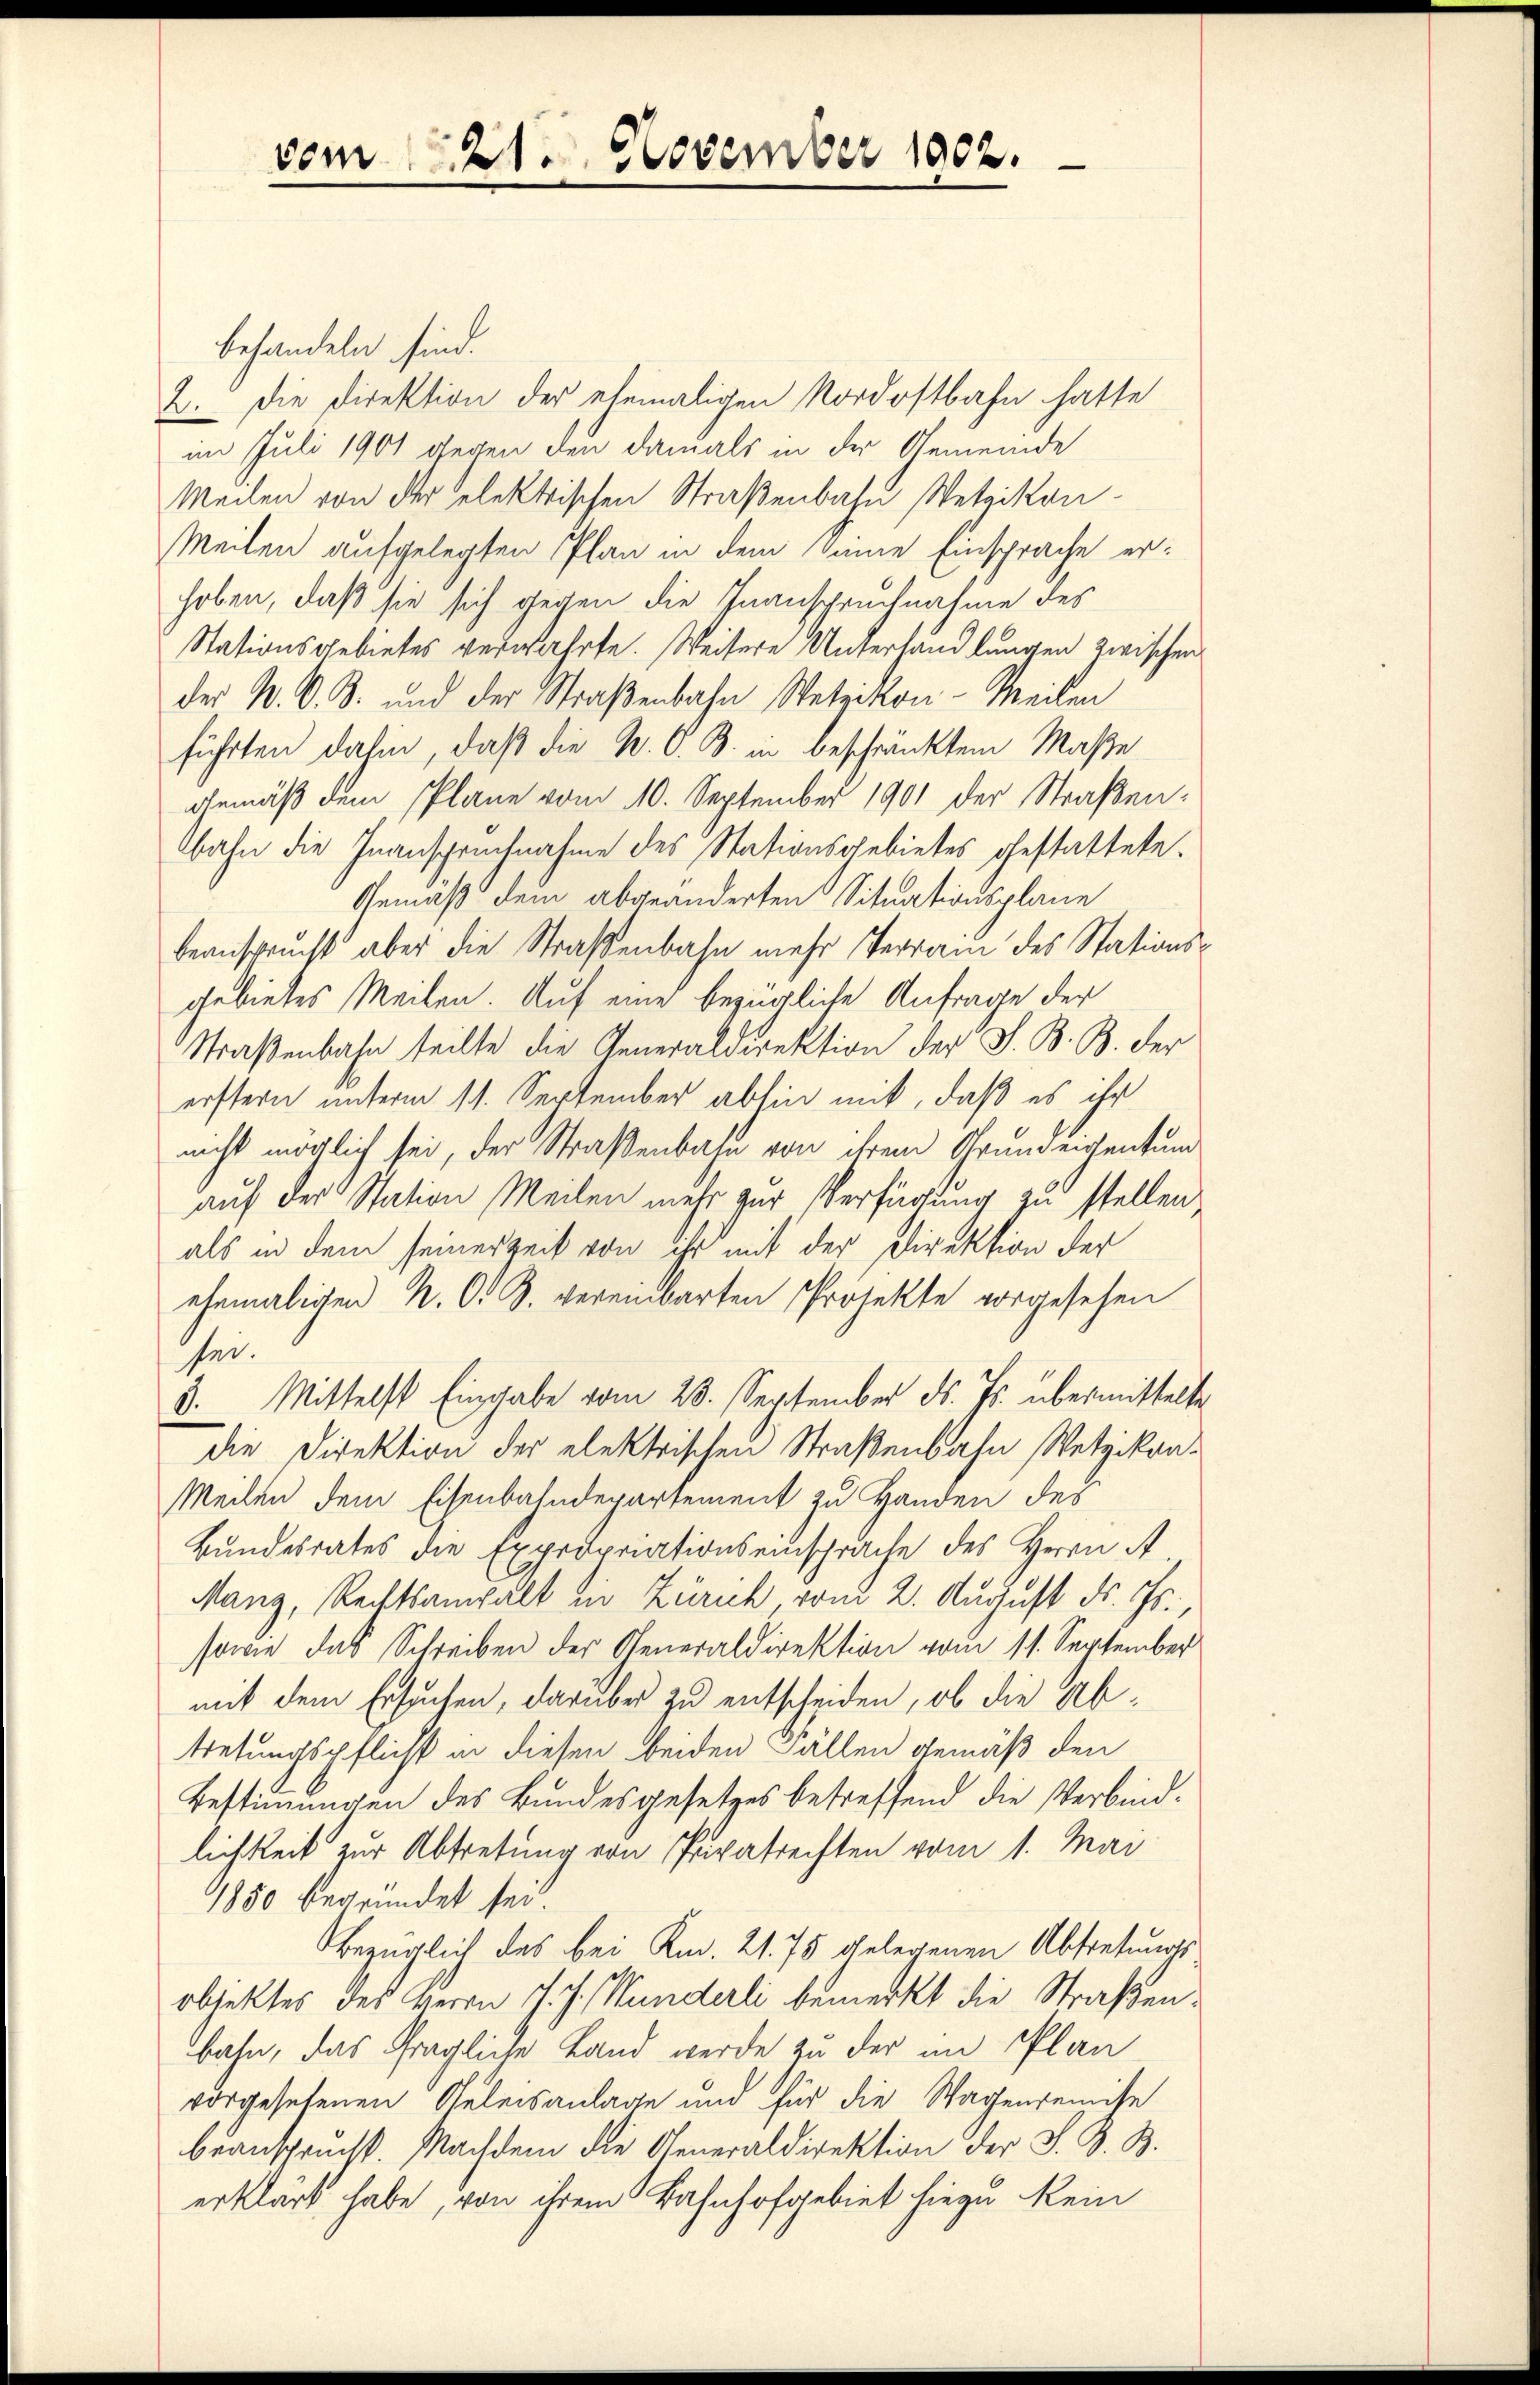
vom 21. November 1902.

behandeln sind.
2. Die Direktion der ehemaligen Nordostbahn hatte
im Juli 1901 gegen den damals in der Gemeinde
Meilen von der elektrischen Straßenbahn Wetzikon-
Meilen aufgelegten Plan in dem Sinne Einsprache erhoben, daß sie sich gegen die Inanspruchnahme des
Stationsgebietes verwahrte. Weitere Unterhandlungen zwischen
der N. O. B. und der Straßenbahn Wetzikon-Meilen
führten dahin, daß die N. O. B. in beschränktem Maße
gemäß dem Plane vom 10. September 1901 der Straßenbahn die Inanspruchnahme des Stationsgebietes gestattete.
Gemäß dem abgeänderten Situationsplane
beansprucht aber die Straßenbahn mehr Terrain des Stationsgebietes Meilen. Auf eine bezügliche Anfrage der
Straßenbahn teilte die Generaldirektion der S. B. B. der
erstern unterm 11. September abhin mit, daß es ihr
nicht möglich sei, der Straßenbahn von ihrem Grundeigentum
auf der Station Meilen mehr zur Verfügung zu stellen,
als in dem seiner Zeit von ihr mit der Direktion der
ehemaligen N. O. B. vereinbarten Projekte vorgesehen
sei.
3. Mittelst Eingabe vom 28. September d. Js. übermittelte
die Direktion der elektrischen Straßenbahn Wetzikon-
Meilen dem Eisenbahndepartement zu Handen des
Bundesrates die Expropriationseinsprache des Herrn A
Manz, Rechtsanwalt in Zürich vom 2. August d. Js.,
sowie das Schreiben der Generaldirektion vom 11. September
mit dem Ersuchen, darüber zu entscheiden, ob die Abtetungspflicht in diesen beiden Fällen gemäß den
Bestimmungen des Bundesgesetzes betreffend die Verbindlichkeit zur Abtretung von Puvatrechten vom 1. Mai
1850 begründet sei.
Bezüglich des bei Km. 21. 75 gelegenen Abtretungsobjektes des Herrn J. J. Wunderli bemerkt die Straßenbahn, das fragliche Land werde zu der im Plan
vorgesehenen Releisanlage und für die Wagenremise
beansprucht. Nachdem die Generaldirektion der S. B. B.
erklärt habe, von ihrem Bahnhofgebiet hiezu kein